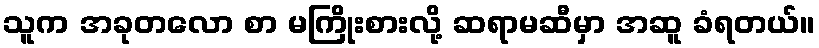
သူက အခုတလော စာ မကြိုးစားလို့ ဆရာမဆီမှာ အဆူ ခံရတယ်။